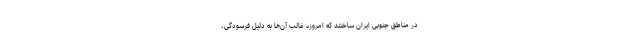
در مناطق جنوبی ایران ساختند که امروزه غالب آن‌ها به دلیل فرسودگی،